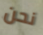
نحن